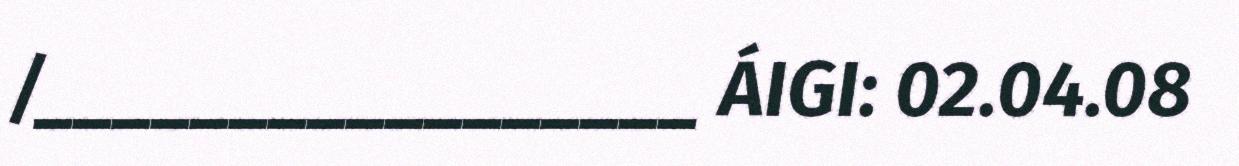
/_________________ ÁIGI: 02.04.08